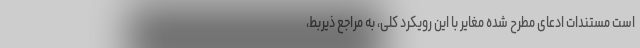
است مستندات ادعای مطرح شده مغایر با این رویکرد کلی، به مراجع ذیربط،